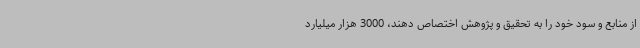
از منابع و سود خود را به تحقیق و پژوهش اختصاص دهند، 3000 هزار میلیارد